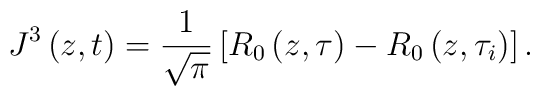
J^{3}\left( z,t\right) =\frac{1}{\sqrt{\pi }}\left[ R_{0}\left( z,\tau \right) -R_{0}\left( z,\tau _{i}\right) \right] .